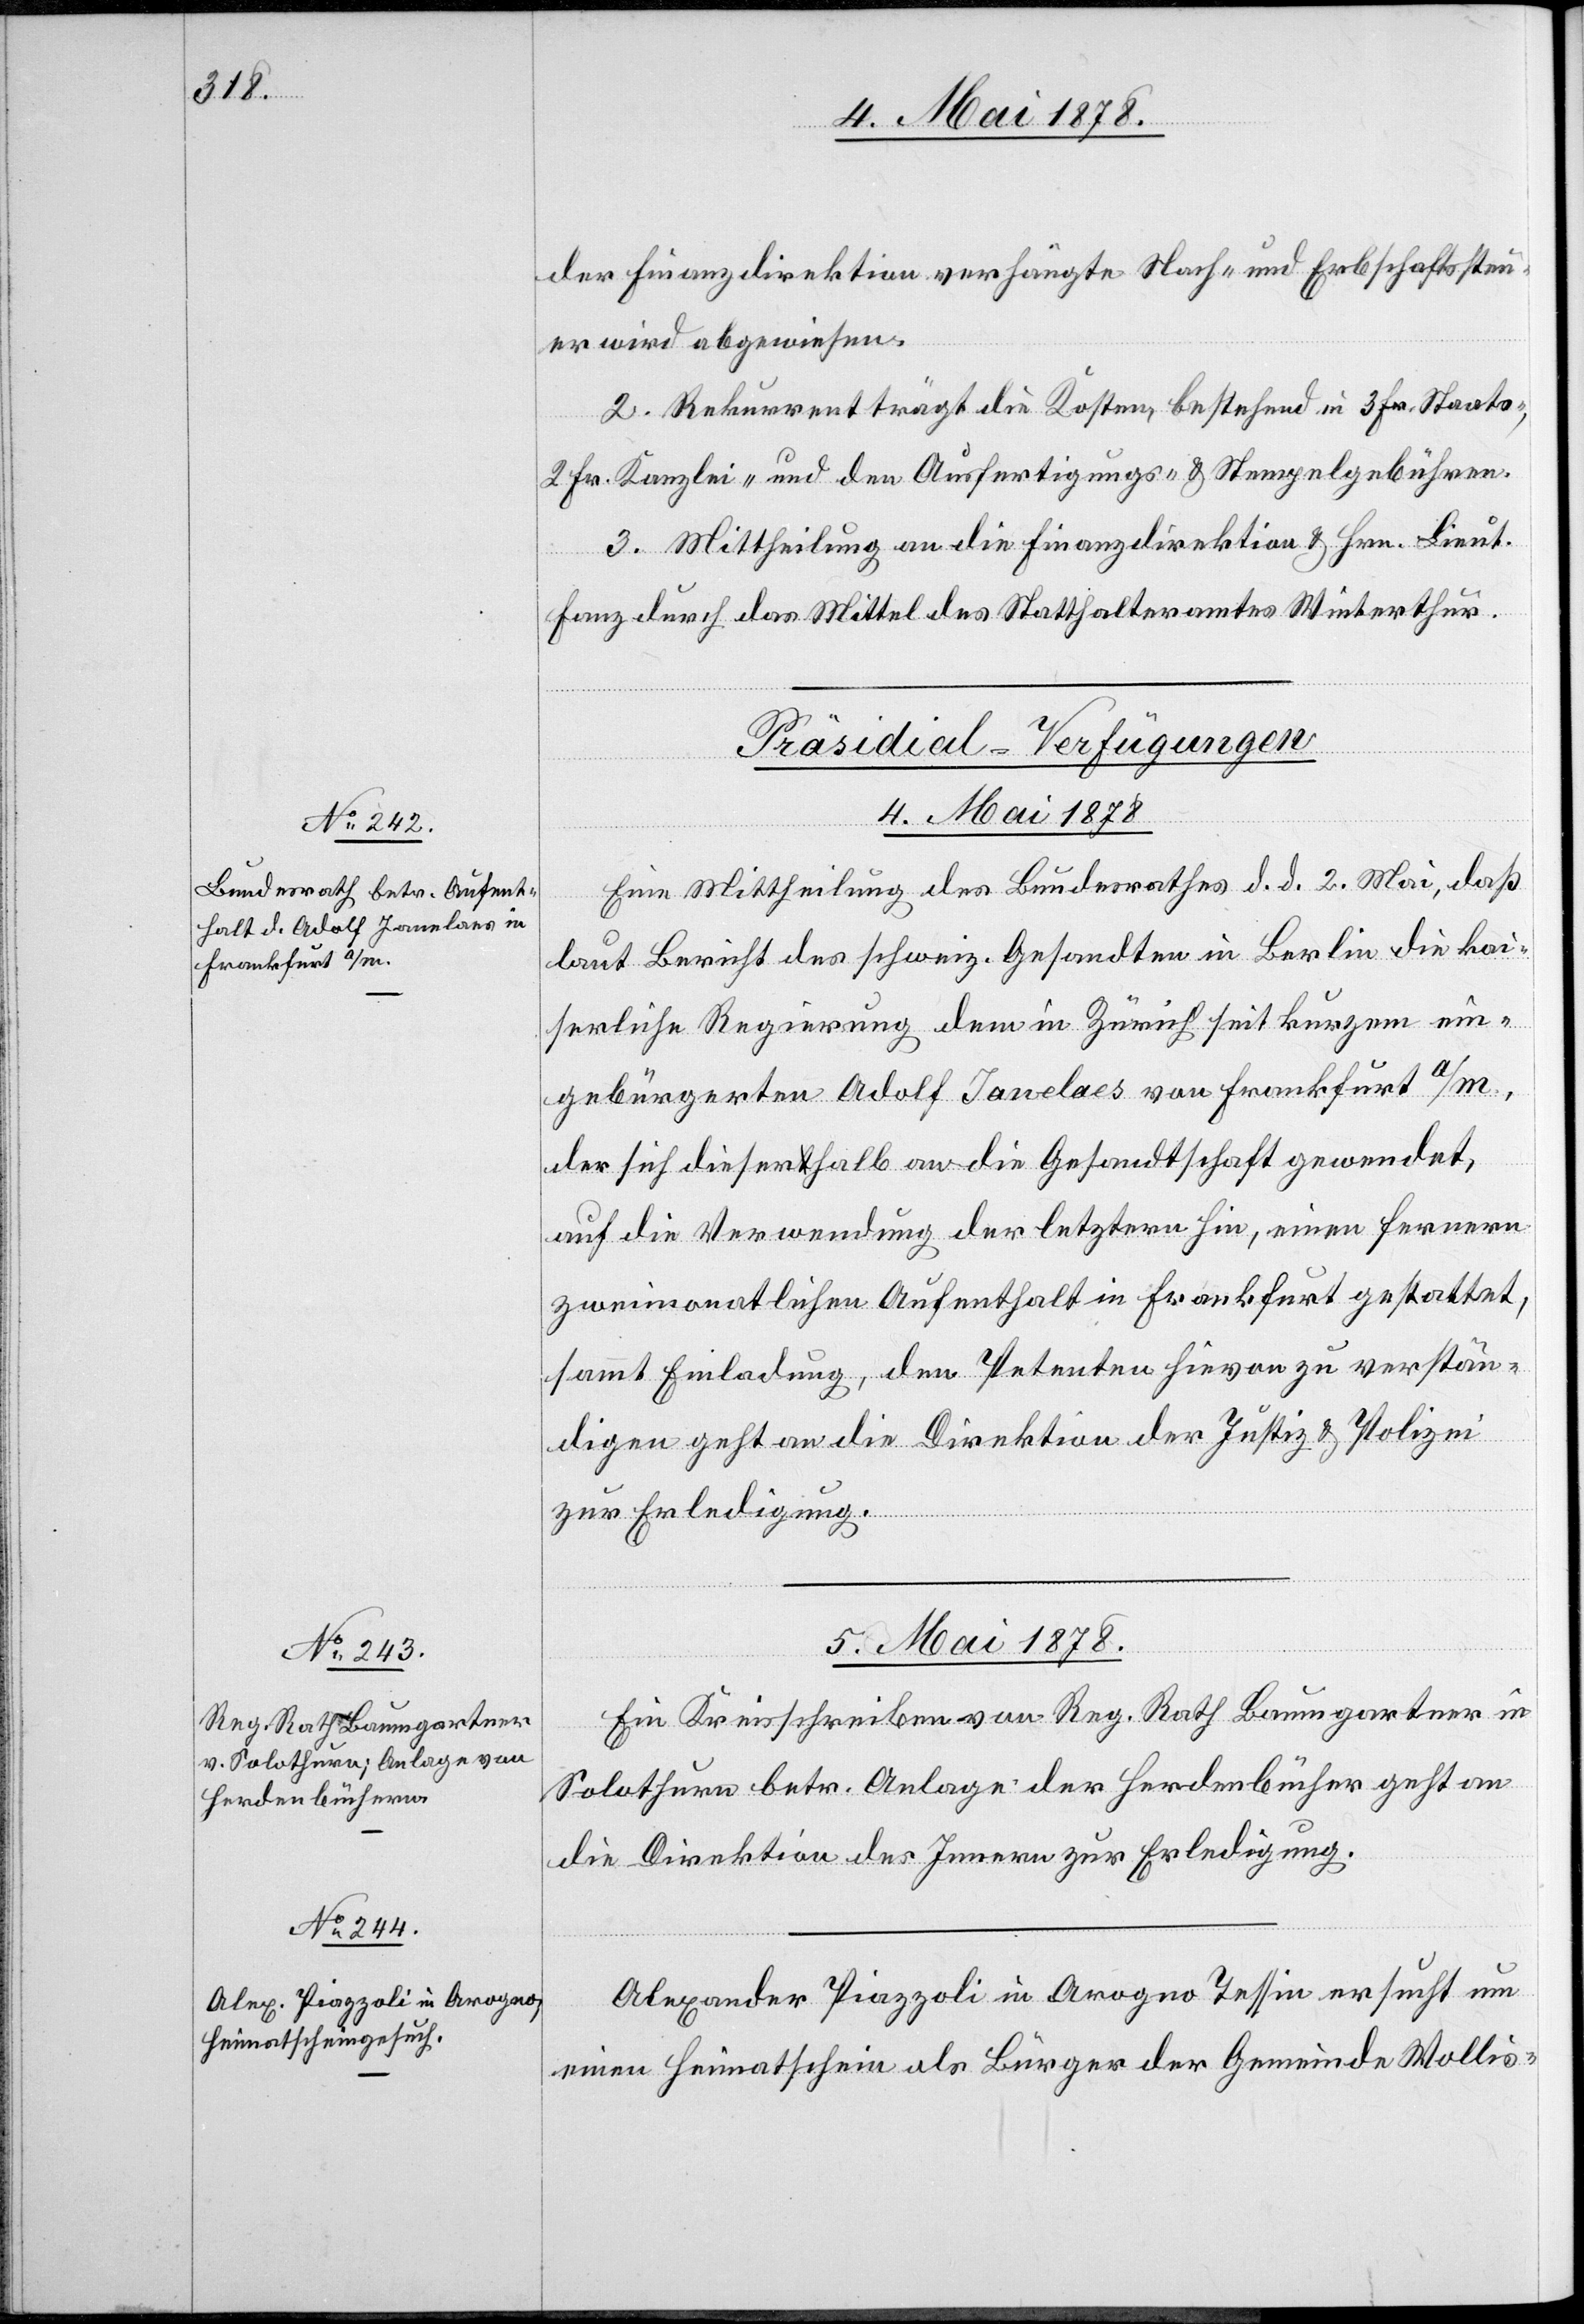
5. Mai 1878]
der Finanzdirektion verhängte Nach- und Erbschaftsteu¬
er wird abgewiesen.
2. Rekurrent trägt die Kosten, bestehend in 3 Fr. Staats-,
2 Fr. Kanzlei- und den Ausfertigungs- & Stempelgebühren.
3. Mittheilung an die Finanzdirektion & Hrn. Lieut.
Fanz durch das Mittel des Statthalteramtes Winterthur.
[Präsidial-Verfügungen
4. Mai 1878
Eine Mittheilung des Bundesrathes d. d. 2. Mai, daß
laut Bericht des schweiz. Gesandten in Berlin die kai¬
serliche Regierung dem in Zürich seit kurzem ein¬
gebürgerten Adolf Janelaes von Frankfurt a/m.,
der sich dieserhalb an die Gesandtschaft gewendet,
auf die Verwendung der letztern hin, einen fernern
zweimonatlichen Aufenthalt in Frankfurt gestattet,
sammt Einladung, den Petenten hievon zu verstän¬
digen geht an die Direktion der Justiz & Polizei
zur Erledigung.
5. Mai 1878
Ein Kreisschreiben von Reg. Rath Baumgartner in
Solothurn betr. Anlage der Herdenbücher geht an
die Direktion des Innern zur Erledigung.
Alexander Piazzoli in Arogno Tessin ersucht um
einen Heimatschein als Bürger der Gemeinde Wollis-